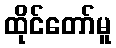
ထိုင်တော်မူ